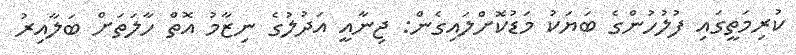
ކުރިމަތީގައި ފުލުހުންގެ ބަޔަކު މަޑުކޮށްލައިގެން: ޖިނާއީ އަދުލުގެ ނިޒާމު އޮތް ހާލަތަށް ބަލާއިރު